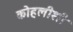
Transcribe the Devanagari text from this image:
कोहलीशी